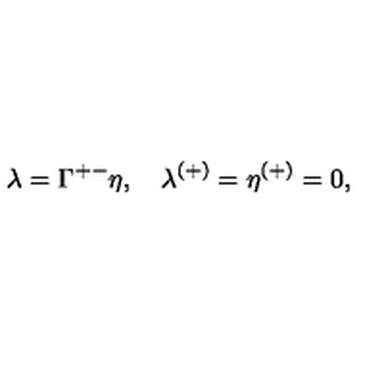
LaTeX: \lambda = \Gamma ^ { + - } \eta , \quad \lambda ^ { ( + ) } = \eta ^ { ( + ) } = 0 ,